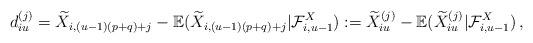
LaTeX: \begin{align*}d_{iu}^{(j)}={\widetilde{X}}_{i,(u-1)(p+q)+j}-{\mathbb{E}}({\widetilde{X}}_{i,(u-1)(p+q)+j}|{\mathcal{F}}_{i,u-1}^{X}):={\widetilde{X}}_{iu}^{(j)}-{\mathbb{E}}({\widetilde{X}}_{iu}^{(j)}|{\mathcal{F}}_{i,u-1}^{X})\,,\end{align*}